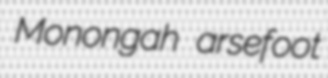
Monongah arsefoot